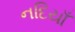
નદિયાઁ